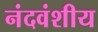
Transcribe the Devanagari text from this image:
नंदवंशीय